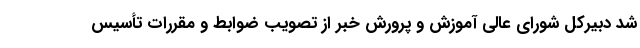
شد دبیرکل شورای عالی آموزش و پرورش خبر از تصویب ضوابط و مقررات تأسیس